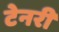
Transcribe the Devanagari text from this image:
टेनरी